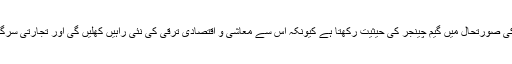
صوبائی وزیر جو کہ آل پارٹیز کانفرنس کے کوآرڈینیٹر بھی تھے نے کہا کہ سی پیک اس خطے کی صورتحال میں گیم چینجر کی حیثیت رکھتا ہے کیونکہ اس سے معاشی و اقتصادی ترقی کی نئی راہیں کھلیں گی اور تجارتی سرگرمیوں میں حقیقی معنوں میں اضافہ ممکن ہوگا جس سے صوبے کے عوام کی تقدیر بدل جائے گی۔